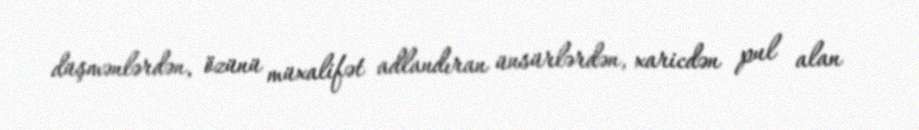
düşmənlərdən, özünü müxalifət adlandıran ünsürlərdən, xaricdən pul alan